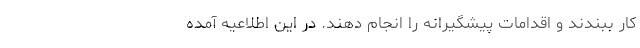
کار ببندند و اقدامات پیشگیرانه را انجام دهند. در این اطلاعیه آمده